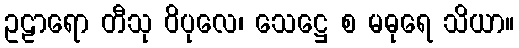
ဥဠာရော တီသု ဝိပုလေ၊ သေဋ္ဌေ စ မဓုရေ သိယာ။